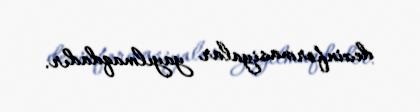
dezinformasiyalar yayılmaqdadır.